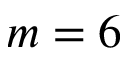
m = 6